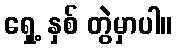
ရှေ့ နှစ် တွဲမှာပါ။